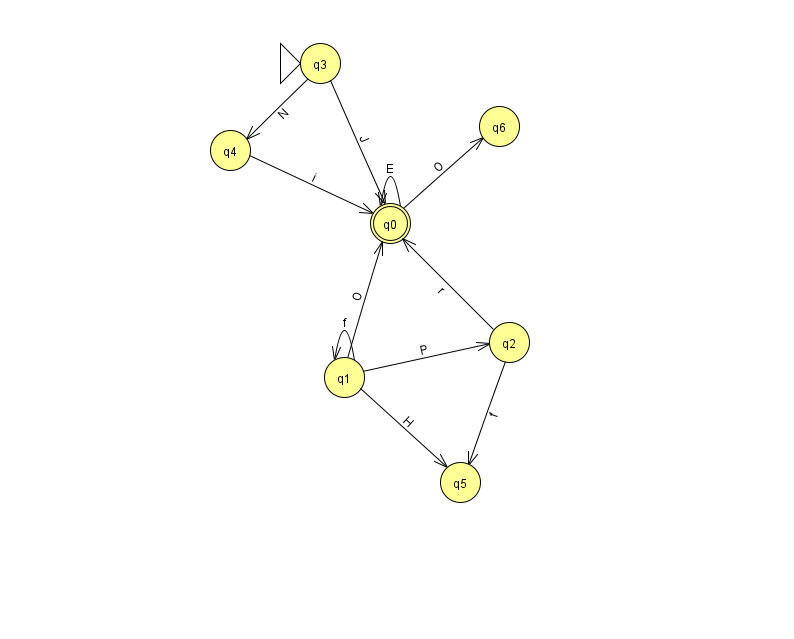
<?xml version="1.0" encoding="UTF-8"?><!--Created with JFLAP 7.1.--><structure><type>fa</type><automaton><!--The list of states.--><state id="0" name="q0"><x>390.0</x><y>210.0</y><final/></state><state id="1" name="q1"><x>344.0</x><y>364.0</y></state><state id="2" name="q2"><x>509.0</x><y>329.0</y></state><state id="3" name="q3"><x>320.0</x><y>50.0</y><initial/></state><state id="4" name="q4"><x>230.0</x><y>137.0</y></state><state id="5" name="q5"><x>460.0</x><y>469.0</y></state><state id="6" name="q6"><x>499.0</x><y>113.0</y></state><!--The list of transitions.--><transition><from>3</from><to>4</to><read>N</read></transition><transition><from>4</from><to>0</to><read>i</read></transition><transition><from>0</from><to>0</to><read>E</read></transition><transition><from>1</from><to>1</to><read>f</read></transition><transition><from>0</from><to>6</to><read>O</read></transition><transition><from>3</from><to>0</to><read>J</read></transition><transition><from>1</from><to>0</to><read>O</read></transition><transition><from>2</from><to>5</to><read>f</read></transition><transition><from>1</from><to>5</to><read>H</read></transition><transition><from>2</from><to>0</to><read>r</read></transition><transition><from>1</from><to>2</to><read>P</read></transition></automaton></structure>